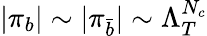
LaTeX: |\pi_{b}|\sim|\pi_{\bar{b}}|\sim\Lambda_{T}^{N_{c}}